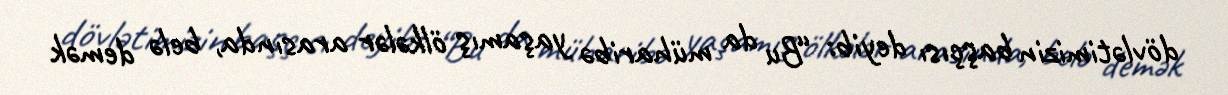
dövlətimizin başçısı deyib: “Bu da müharibə yaşamış ölkələr arasında, belə demək